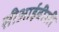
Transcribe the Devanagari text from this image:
सीआईबीसी